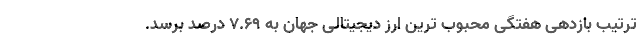
ترتیب بازدهی هفتگی محبوب ترین ارز دیجیتالی جهان به ۷.۶۹ درصد برسد.